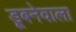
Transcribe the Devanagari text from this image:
डूबनेवाला